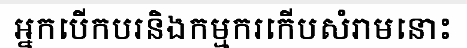
អ្នកបើកបរនិងកម្មករកើបសំរាមនោះ